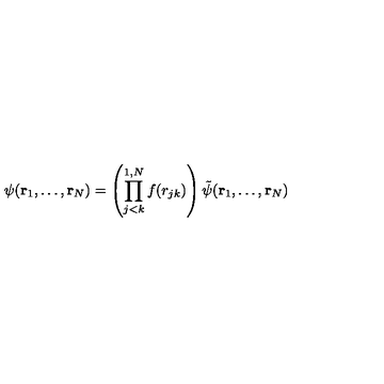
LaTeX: \psi ( { \bf r } _ { 1 } , \ldots , { \bf r } _ { N } ) = \left( \prod _ { j < k } ^ { 1 , N } f ( r _ { j k } ) \right) \tilde { \psi } ( { \bf r } _ { 1 } , \ldots , { \bf r } _ { N } )